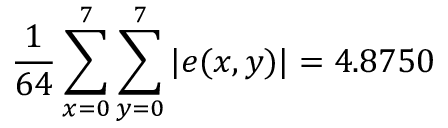
{ \frac { 1 } { 6 4 } } \sum _ { x = 0 } ^ { 7 } \sum _ { y = 0 } ^ { 7 } | e ( x , y ) | = 4 . 8 7 5 0